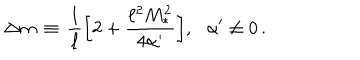
LaTeX: \Delta m \, \equiv \, \frac { 1 } { \ell } \bigg [ 2 + \frac { \ell ^ { 2 } M _ { * } ^ { 2 } } { 4 \alpha ^ { \prime } } \bigg ] , \, \, \, \, \alpha ^ { \prime } \neq 0 \, .